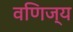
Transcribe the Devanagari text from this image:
वणिज्य